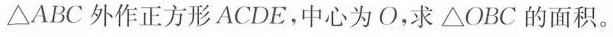
ABC外作正方形ACDE。中心为O，求△OBC的面积。